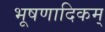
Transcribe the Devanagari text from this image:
भूषणादिकम्